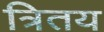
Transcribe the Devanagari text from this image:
त्रितय